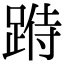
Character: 𨂄